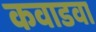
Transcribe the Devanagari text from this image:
कवाडवा